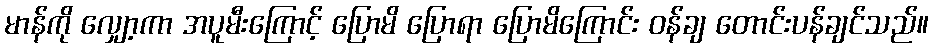
မာန်ကို လျှော့ကာ အပူမီးကြောင့် ပြောမိ ပြောရာ ပြောမိကြောင်း ဝန်ချ တောင်းပန်ချင်သည်။